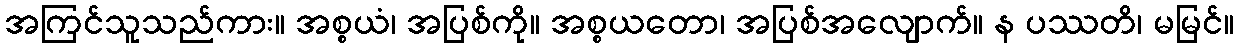
အကြင်သူသည်ကား။ အစ္စယံ၊ အပြစ်ကို။ အစ္စယတော၊ အပြစ်အလျောက်။ န ပဿတိ၊ မမြင်။